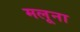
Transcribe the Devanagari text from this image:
मलूना